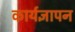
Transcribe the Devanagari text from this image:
कार्यज्ञापन